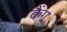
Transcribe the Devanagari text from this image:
कैंग